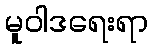
မူဝါဒရေးရာ